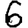
Digit: 6